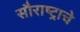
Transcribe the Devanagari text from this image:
सौराष्ट्राचे